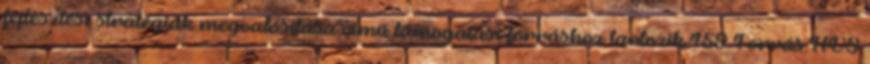
fejlesztési stratégiák megvalósítása című támogatási forráshoz tartozik 159 Forrás:HVS